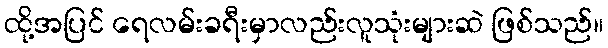
ထို့အပြင် ရေလမ်းခရီးမှာလည်းလူသုံးများဆဲ ဖြစ်သည်။